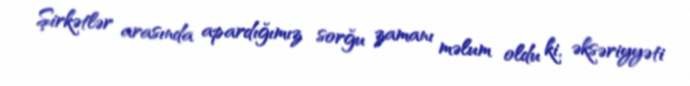
Şirkətlər arasında apardığımız sorğu zamanı məlum oldu ki, əksəriyyəti